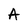
Character: A